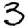
Digit: 3